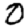
Digit: 0